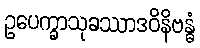
ဥပေက္ခာသုခဿာဒဝိနိဗန္ဓံ